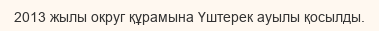
2013 жылы округ құрамына Үштерек ауылы қосылды.